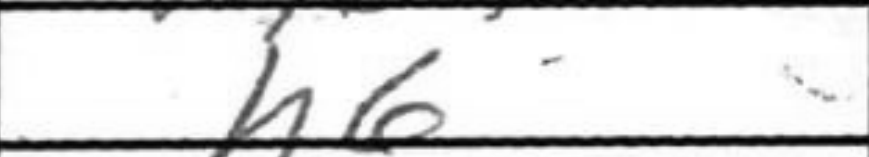
Transcription: Nxa5